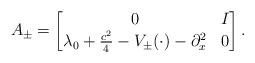
LaTeX: \begin{align*}A_\pm=\begin{bmatrix}0 & I \\\lambda_0+\frac{c^2}{4}-V_\pm(\cdot)-\partial_x^2 & 0\end{bmatrix}.\end{align*}